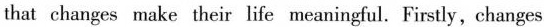
that changes make their life meaningful. Firstly, changes